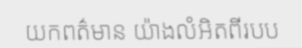
យកពត៌មាន យ៉ាងលំអិតពីរបប